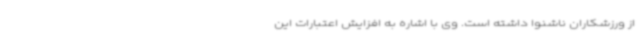
از ورزشکاران ناشنوا داشته است. وی با اشاره به افزایش اعتبارات این